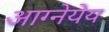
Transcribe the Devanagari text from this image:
आग्नेयेय